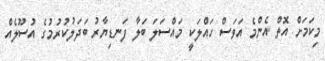
މިކަމަށް އޮތް އެންމެ އަވަސް ހައްލަކީ މައްސަލަ ބަލާ ފަނޑިޔާރު ބަދަލުކުރުމުގެ އުސޫލެއް